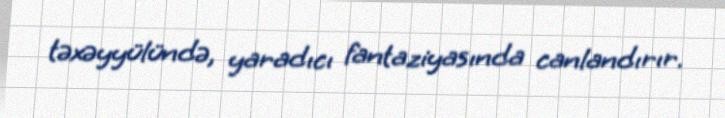
təxəyyülündə, yaradıcı fantaziyasında canlandırır.